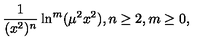
{ \frac { 1 } { ( x ^ { 2 } ) ^ { n } } } \ln ^ { m } ( \mu ^ { 2 } x ^ { 2 } ) , n \geq 2 , m \geq 0 ,